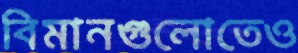
বিমানগুলোতেও